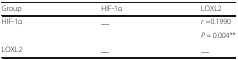
| Group | HIF-1α | LOXL2 |
 | --- | --- | --- |
 | <ROWSPAN=2> HIF-1α | <ROWSPAN=2> __ | r =0.1990 |
 | P = 0.004** |
 | LOXL2 | __ | __ |